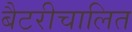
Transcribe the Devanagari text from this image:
बैटरीचालित